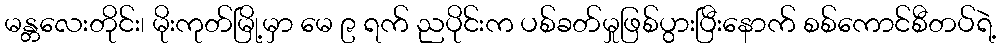
မန္တလေးတိုင်း၊ မိုးကုတ်မြို့မှာ မေ ၉ ရက် ညပိုင်းက ပစ်ခတ်မှုဖြစ်ပွားပြီးနောက် စစ်ကောင်စီတပ်ရဲ့